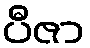
ပီဇာ